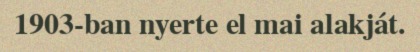
1903-ban nyerte el mai alakját.